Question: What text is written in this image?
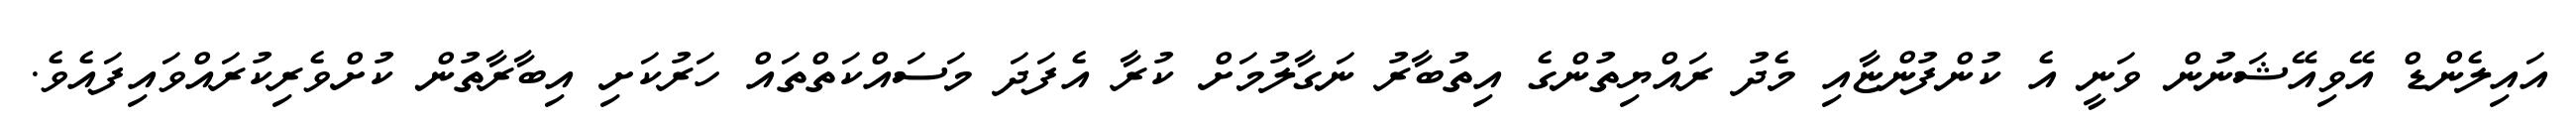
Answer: އައިލެންޑް އޭވިއޭޝަނުން ވަނީ އެ ކުންފުންޏާއި މެދު ރައްޔިތުންގެ އިތުބާރު ނަގާލުމަށް ކުރާ އެފަދަ މަސައްކަތްތައް ހަރުކަށި އިބާރާތުން ކުށްވެރިކުރައްވައިފައެވެ.